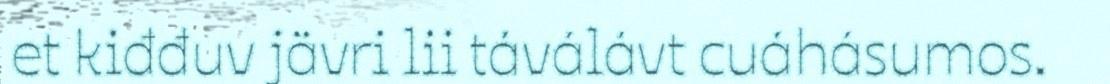
et kiđđuv jävri lii táválávt cuáhásumos.